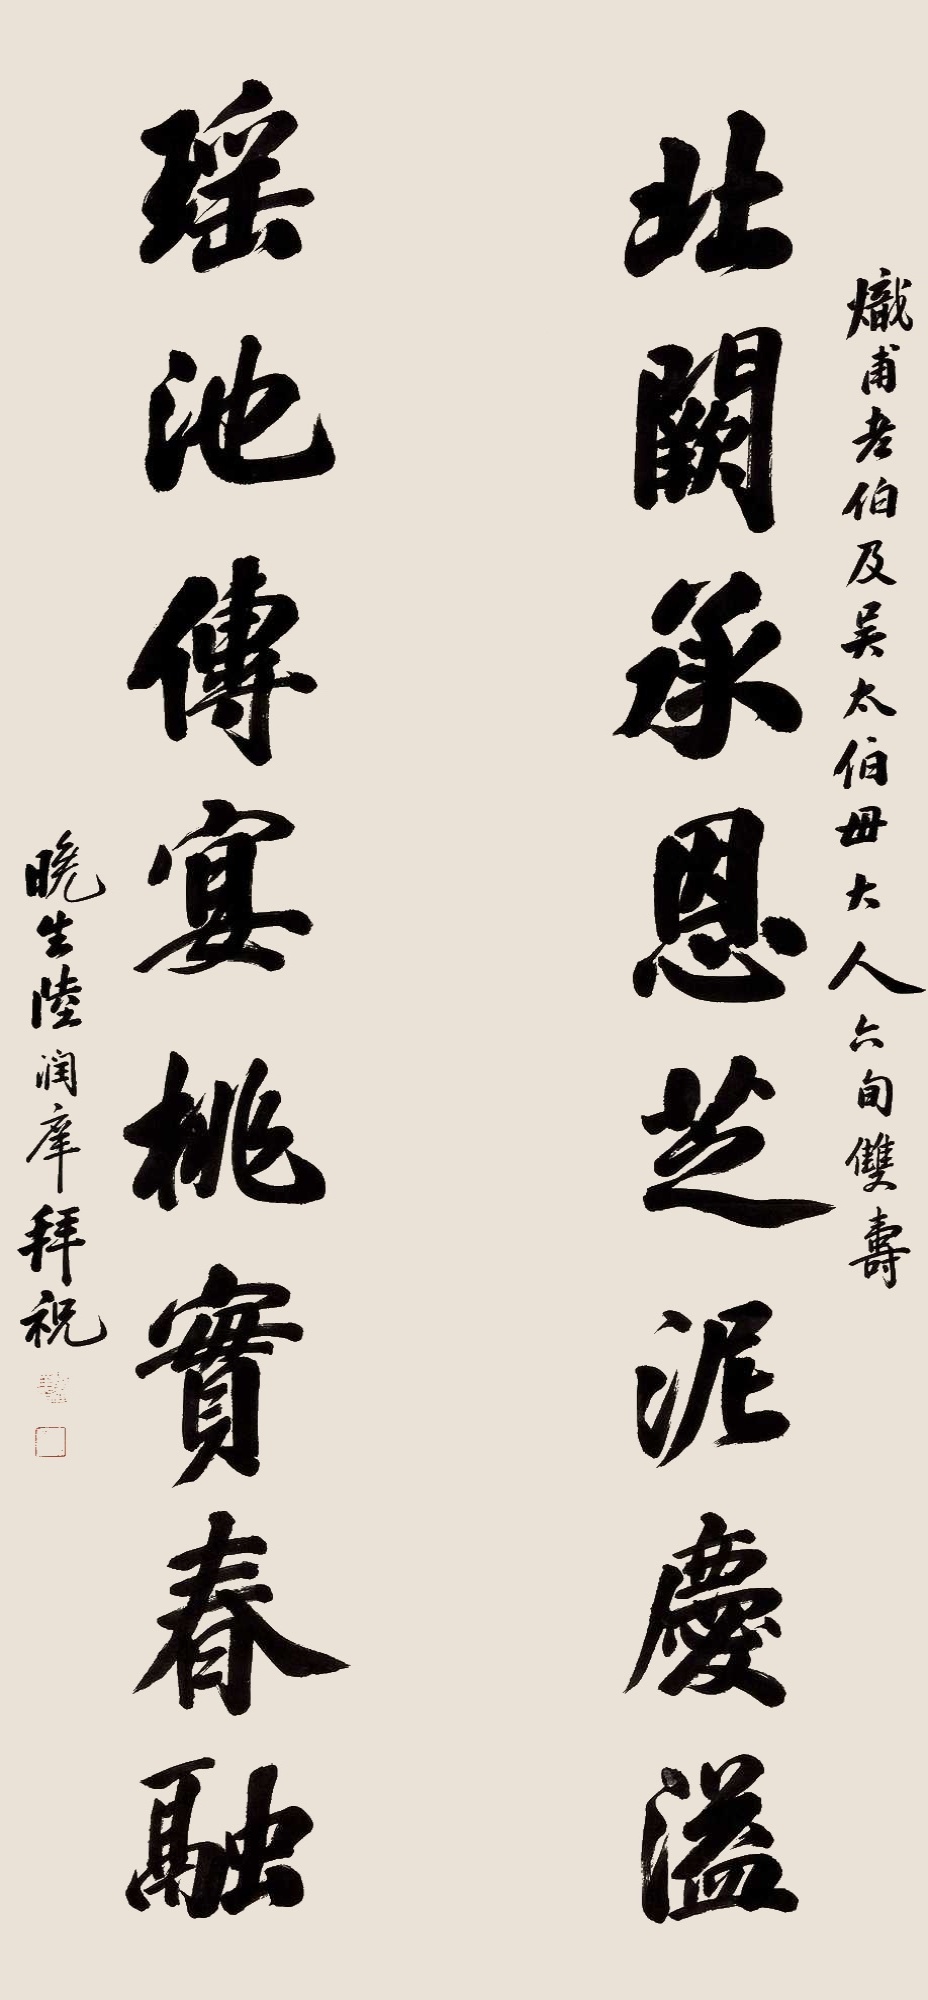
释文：北阙承恩芝泥庆溢，瑶池传宴桃实春融。炽甫老伯及吴太伯母夫人六旬双寿，晚生陆润庠拜祝。